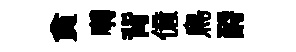
貪囀背億鳥酹